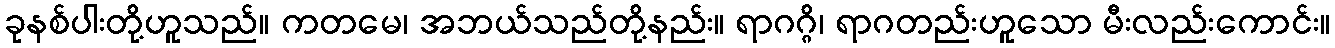
ခုနစ်ပါးတို့ဟူသည်။ ကတမေ၊ အဘယ်သည်တို့နည်း။ ရာဂဂ္ဂိ၊ ရာဂတည်းဟူသော မီးလည်းကောင်း။